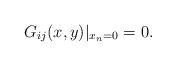
LaTeX: \begin{align*}G_{ij}(x,y)|_{x_n=0}=0.\end{align*}